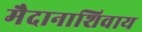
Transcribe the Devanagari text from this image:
मैदानाशिवाय